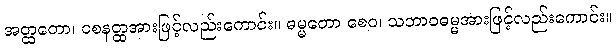
အတ္ထတော၊ ဝစနတ္ထအားဖြင့်လည်းကောင်း။ ဓမ္မတော စေဝ၊ သဘာဝဓမ္မအားဖြင့်လည်းကောင်း။